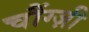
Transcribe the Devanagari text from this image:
चौंग्ज़ी